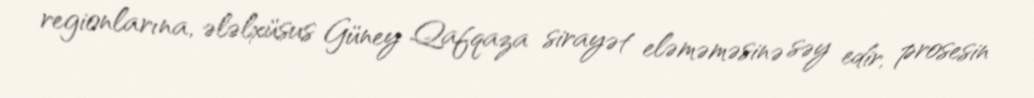
regionlarına, ələlxüsus Güney Qafqaza sirayət eləməməsinə səy edir, prosesin